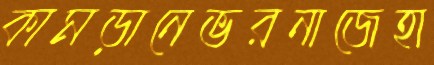
কামড়ানেভরনাজেহা